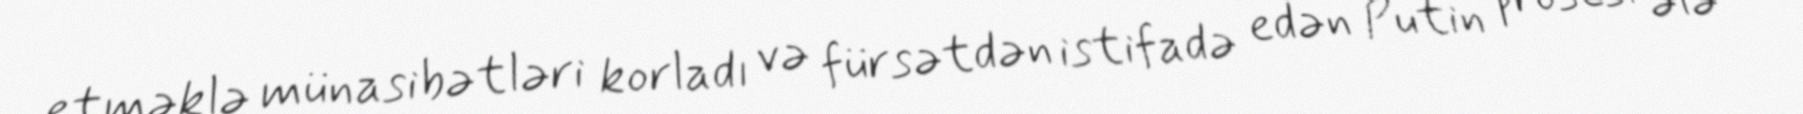
etməklə münasibətləri korladı və fürsətdən istifadə edən Putin prosesi ələ